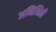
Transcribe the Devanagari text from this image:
अनिश्चिती